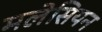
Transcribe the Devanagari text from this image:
मलेसियन